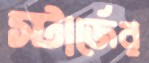
স্টার্জের